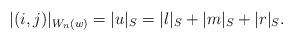
LaTeX: \begin{align*} \lvert (i,j)\rvert_{W_n(w)}=\lvert u \rvert_S=\lvert l \rvert_S+\lvert m \rvert_S+\lvert r \rvert_S.\end{align*}